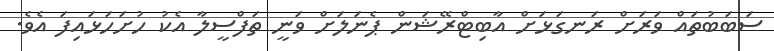
ސަބަބުތައް ވަރަށް ރަނގަޅަށް އާބިޓްރޭޝަން ޕެނަލަށް ވަނީ ތަފްސީލާ އެކު ހުށަހަޅައިފަ އެވެ.